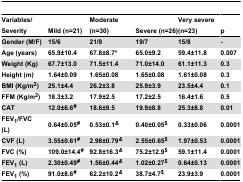
<table><thead><tr><td><b>Variables/Severity</b></td><td><b>Mild (n=21)</b></td><td><b>Moderate (n=30)</b></td><td><b>Severe (n=26)</b></td><td><b>Very severe (n=23)</b></td><td><b>p</b></td></tr></thead><tbody><tr><td><b>Gender (M/F)</b></td><td><b>15/6</b></td><td><b>21/9</b></td><td><b>19/7</b></td><td><b>15/8</b></td><td><b>-</b></td></tr><tr><td><b>Age (years)</b></td><td><b>65.9±10.4</b></td><td><b>67.8±8.7*</b></td><td><b>65.0±9.2</b></td><td><b>59.4±11.8</b></td><td><b>0.007</b></td></tr><tr><td><b>Weight (Kg)</b></td><td><b>67.7±13.0</b></td><td><b>71.5±11.4</b></td><td><b>71.0±14.0</b></td><td><b>61.1±11.3</b></td><td><b>0.3</b></td></tr><tr><td><b>Height (m)</b></td><td><b>1.64±0.09</b></td><td><b>1.65±0.08</b></td><td><b>1.65±0.08</b></td><td><b>1.61±0.08</b></td><td><b>0.3</b></td></tr><tr><td><b>BMI (Kg/m<sup>2</sup>)</b></td><td><b>25.1±4.4</b></td><td><b>26.2±3.8</b></td><td><b>25.9±3.9</b></td><td><b>23.5±4.4</b></td><td><b>0.1</b></td></tr><tr><td><b>FFM (Kg/m<sup>2</sup>)</b></td><td><b>18.3±3.2</b></td><td><b>17.9±2.5</b></td><td><b>17.2±2.5</b></td><td><b>16.4±1.6</b></td><td><b>0.5</b></td></tr><tr><td><b>CAT</b></td><td><b>12.0±6.6<sup><i>#</i></sup></b></td><td><b>18.6±9.5</b></td><td><b>19.9±8.8</b></td><td><b>25.3±8.8</b></td><td><b>0.01</b></td></tr><tr><td><b>FEV<sub>1</sub>/FVC (L)</b></td><td><b>0.64±0.05<sup><i>#</i></sup></b></td><td><b>0.53±0.1<sup><i>&amp;</i></sup></b></td><td><b>0.40±0.05<sup>$</sup></b></td><td><b>0.33±0.06</b></td><td><b>0.0001</b></td></tr><tr><td><b>CVF (L)</b></td><td><b>3.55±0.61<sup><i>#</i></sup></b></td><td><b>2.98±0.79<sup><i>&amp;</i></sup></b></td><td><b>2.55±0.65<sup>$</sup></b></td><td><b>1.97±0.53</b></td><td><b>0.0001</b></td></tr><tr><td><b>FVC (%)</b></td><td><b>109.0±14.4<sup><i>#</i></sup></b></td><td><b>92.8±16.3<sup><i>&amp;</i></sup></b></td><td><b>75.2±12.9<sup>$</sup></b></td><td><b>59.1±11.4</b></td><td><b>0.0001</b></td></tr><tr><td><b>FEV<sub>1</sub> (L)</b></td><td><b>2.30±0.49<sup><i>#</i></sup></b></td><td><b>1.56±0.44<sup><i>&amp;</i></sup></b></td><td><b>1.02±0.27<sup>$</sup></b></td><td><b>0.64±0.13</b></td><td><b>0.0001</b></td></tr><tr><td><b>FEV<sub>1</sub> (%)</b></td><td><b>91.0±8.6<sup><i>#</i></sup></b></td><td><b>62.2±10.2<sup><i>&amp;</i></sup></b></td><td><b>38.7±4.7<sup>$</sup></b></td><td><b>23.9±3.9</b></td><td><b>0.0001</b></td></tr></tbody></table>